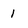
Character: 1